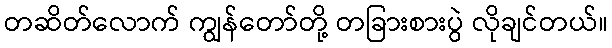
တဆိတ်လောက် ကျွန်တော်တို့ တခြားစားပွဲ လိုချင်တယ်။